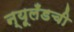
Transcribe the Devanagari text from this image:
न्यूलँडची